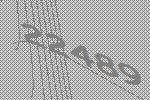
22489